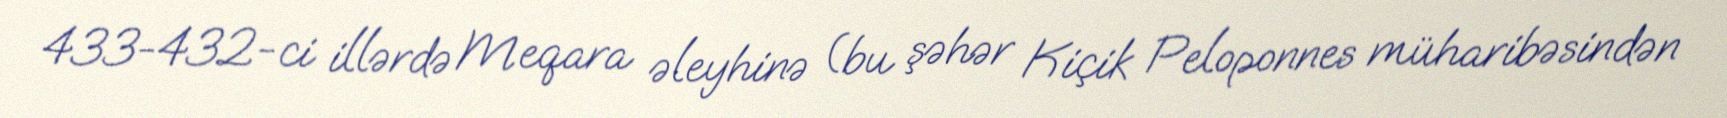
433-432-ci illərdə Meqara əleyhinə (bu şəhər Kiçik Peloponnes müharibəsindən